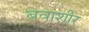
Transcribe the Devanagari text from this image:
बवाशीर